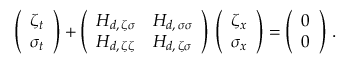
\left( \begin{array} { l } { \medskip \zeta _ { t } } \\ { \sigma _ { t } } \end{array} \right) + \left( \begin{array} { l l } { \medskip H _ { d , \, \zeta \sigma } } & { H _ { d , \, \sigma \sigma } } \\ { H _ { d , \, \zeta \zeta } } & { H _ { d , \, \zeta \sigma } } \end{array} \right) \, \left( \begin{array} { l } { \medskip \zeta _ { x } } \\ { \sigma _ { x } } \end{array} \right) = \left( \begin{array} { l } { \medskip 0 } \\ { 0 } \end{array} \right) \, .